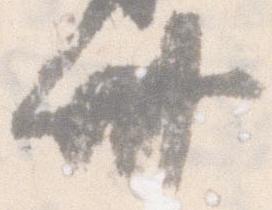
卅